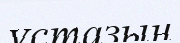
ұстазын